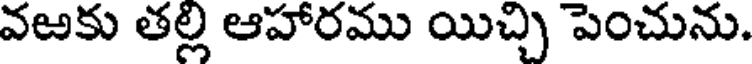
వఱకు తల్లి ఆహారము యిచ్చి పెంచును.